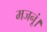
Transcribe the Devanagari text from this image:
मजनूं।